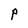
Character: P